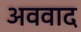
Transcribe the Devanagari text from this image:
अववाद